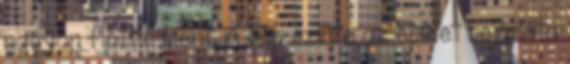
nagyon flottul ment. A gép szinte az épület bejárata